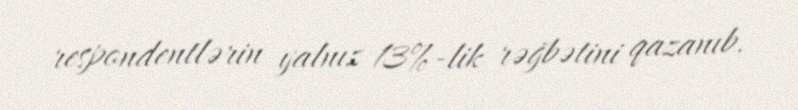
respondentlərin yalnız 13%-lik rəğbətini qazanıb.